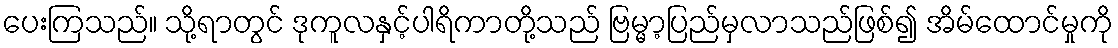
ပေးကြသည်။ သို့ရာတွင် ဒုကူလနှင့်ပါရိကာတို့သည် ဗြမ္မာ့ပြည်မှလာသည်ဖြစ်၍ အိမ်ထောင်မှုကို